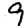
Digit: 9